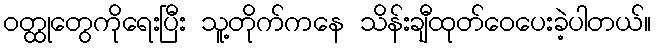
ဝတ္ထုတွေကိုရေးပြီး သူ့တိုက်ကနေ သိန်းချီထုတ်ဝေပေးခဲ့ပါတယ်။